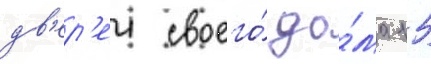
дв'ер'еи своего́ до́ма 15